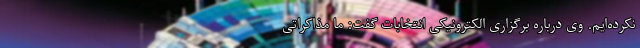
نکرده‌ایم. وی درباره برگزاری الکترونیکی انتخابات گفت: ما مذاکراتی